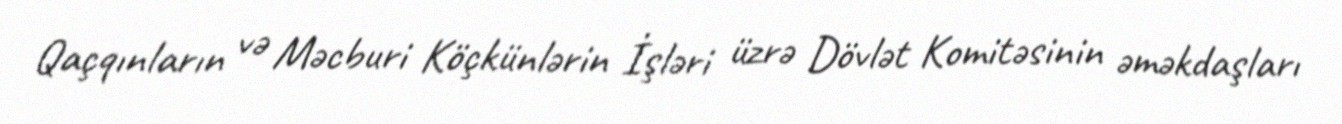
Qaçqınların və Məcburi Köçkünlərin İşləri üzrə Dövlət Komitəsinin əməkdaşları